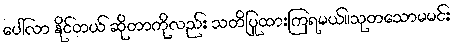
ပေါ်လာ နိုင်တယ် ဆိုတာကိုလည်း သတိပြုထားကြရမယ်။သုတသောမမင်း